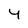
Character: 4